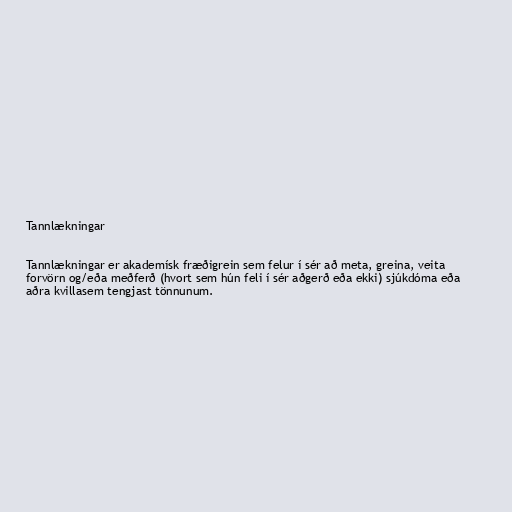
Tannlækningar

Tannlækningar er akademísk fræðigrein sem felur í sér að meta, greina, veita
forvörn og/eða meðferð (hvort sem hún feli í sér aðgerð eða ekki) sjúkdóma eða
aðra kvillasem tengjast tönnunum.